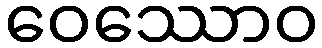
ဝေဿောဝ